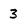
Character: 3